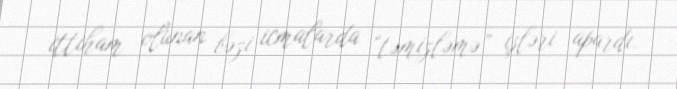
ittiham olunan bəzi icmalarda “təmizləmə” işləri apardı.